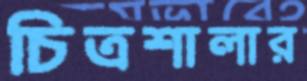
চিত্রশালার